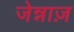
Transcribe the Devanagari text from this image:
जेन्नाज़